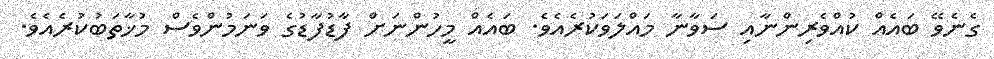
ގެނެވޭ ބައެއް ކުއްވެރިންނާއި ސަވާނާ މައްލަވަކުރެއެވެ. ބައެއް މީހުންނަށް ފާޑުފާޑުގެ ވަނަމުންވެސް މުޚާތަބުކުރެއެވެ.